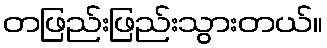
တဖြည်းဖြည်းသွားတယ်။